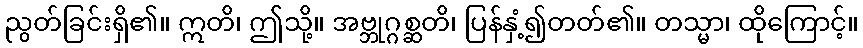
ညွတ်ခြင်းရှိ၏။ ဣတိ၊ ဤသို့။ အဗ္ဘုဂ္ဂစ္ဆတိ၊ ပြန်နှံ့၍တတ်၏။ တသ္မာ၊ ထိုကြောင့်။